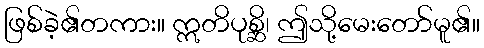
ဖြစ်ခဲ့၏တကား။ ဣတိပုစ္ဆိ၊ ဤသို့မေးတော်မူ၏။